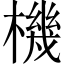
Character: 機